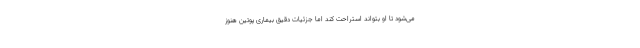
می‌شود تا او بتواند استراحت کند اما جزئیات دقیق بیماری پوتین هنوز